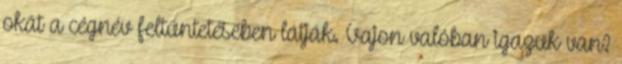
okát a cégnév feltüntetésében látják. Vajon valóban igazuk van?